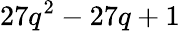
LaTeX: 27q^{2}-27q+1